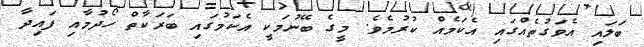
ބަލައި އެވަގުތެއްގައި އެކަމެއް ކުރުމެވެ. މީގެ ބޭނުމަކީ އެކަމުގައި ބަރަކާތް ހޯދުމާއި ފައިދާ